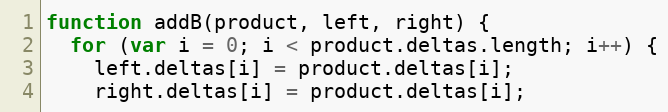
Language: JavaScript
function addB(product, left, right) {
  for (var i = 0; i < product.deltas.length; i++) {
    left.deltas[i] = product.deltas[i];
    right.deltas[i] = product.deltas[i];